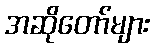
အဆိုတော်များ